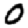
Digit: 0